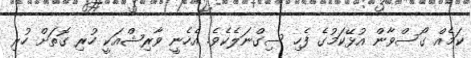
ކަމެއް ގޯސްވާން އުޅޭކަމުގެ ފެހި ސިގްނަލެކެވެ. އެހެނީ ވާރިޝްއަކީ ހުރި ގޮތަށް ހުރި